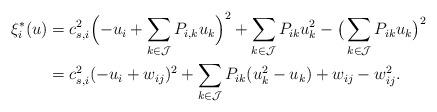
LaTeX: \begin{align*} \xi^*_i(u) & = c^2_{s,i}\Bigl ( -u_i + \sum_{k\in \mathcal{J}} P_{i,k} u_k \Bigr )^2 + \sum_{k\in \mathcal{J}} P_{ik} u_k^2 - \big(\sum_{k\in \mathcal{J}} P_{ik} u_k\big)^2 \\ &= c_{s,i}^2 (-u_i+w_{ij})^2 + \sum_{k\in \mathcal{J}} P_{ik}(u_k^2-u_k) + w_{ij}- w_{ij}^2. \end{align*}